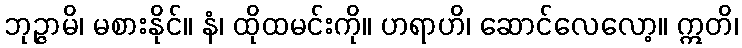
ဘုဉ္ဇာမိ၊ မစားနိုင်။ နံ၊ ထိုထမင်းကို။ ဟရာဟိ၊ ဆောင်လေလော့။ ဣတိ၊